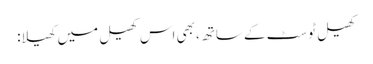
کھیل ٹوسٹ کے ساتھ، بھی اس کھیل میں کھیلا: